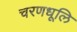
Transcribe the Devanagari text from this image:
चरणधूलि